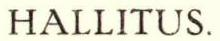
HALLITUS.